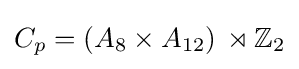
C_{p}=(A_{8}\times A_{12})\,\rtimes \mathbb {Z} _{2}